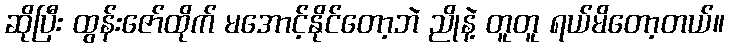
ဆိုပြီး ထွန်းဇော်ထိုက် မအောင့်နိုင်တော့ဘဲ ညိုနဲ့ တူတူ ရယ်မိတော့တယ်။